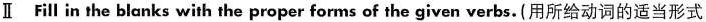
Ⅱ Fil in the blanks with the proper forms of the given verbs. (用所给动词的适当形式